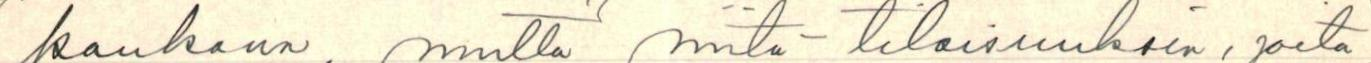
kaukana, mutta niitä tilaisuuksia, joita